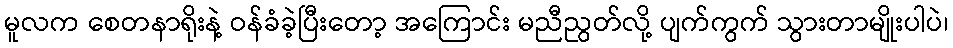
မူလက စေတနာရိုးနဲ့ ဝန်ခံခဲ့ပြီးတော့ အကြောင်း မညီညွတ်လို့ ပျက်ကွက် သွားတာမျိုးပါပဲ၊